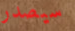
سيصدر